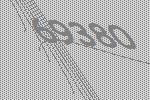
69380